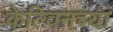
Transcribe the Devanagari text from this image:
केल्विनच्या